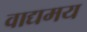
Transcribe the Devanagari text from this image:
वाद्यमय